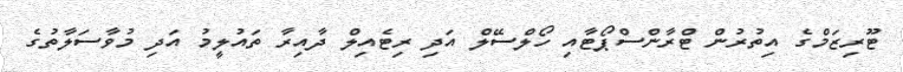
ޓޫރިޒަމްގެ އިތުރުން ޓްރާންސްޕޯޓާއި ހޯލްސޭލް އަދި ރިޓެއިލް ދާއިރާ ތައުލީމު އަދި މުވާސަލާތުގެ